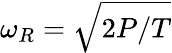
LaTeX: \omega_{R}=\sqrt{2P/T}